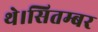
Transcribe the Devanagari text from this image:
थे।सितम्बर